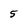
Character: 5